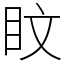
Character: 盿